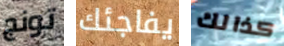
تونج يفاجئك كذالك